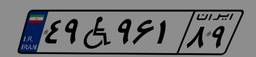
۴۹W۹۶۱۸۹